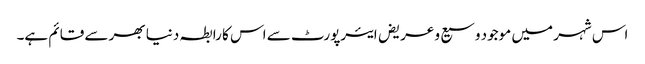
اس شہر میں موجود وسیع و عریض ایئرپورٹ سے اس کا رابطہ دنیا بھر سے قائم ہے۔